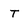
Character: t